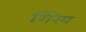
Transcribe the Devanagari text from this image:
गिरेय